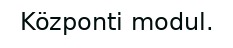
Központi modul.